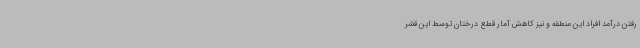
رفتن درآمد افراد این منطقه و نیز کاهش آمار قطع درختان توسط این قشر